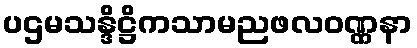
ပဌမသန္ဒိဋ္ဌိကသာမညဖလဝဏ္ဏနာ